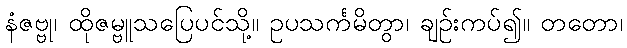
နံဇဗ္ဗု၊ ထိုဇမ္ဗူသပြေပင်သို့။ ဥပသင်္ကမိတွာ၊ ချဉ်းကပ်၍။ တတော၊